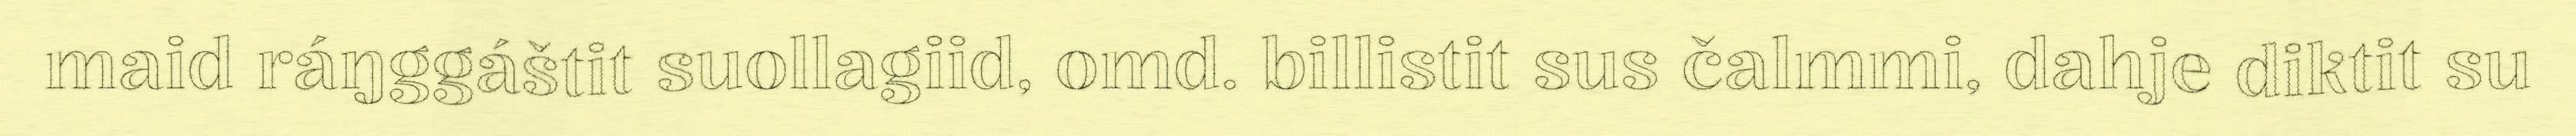
maid ráŋggáštit suollagiid, omd. billistit sus čalmmi, dahje diktit su